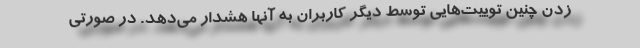
زدن چنین توییت‌هایی توسط دیگر کاربران به آنها هشدار می‌دهد. در صورتی